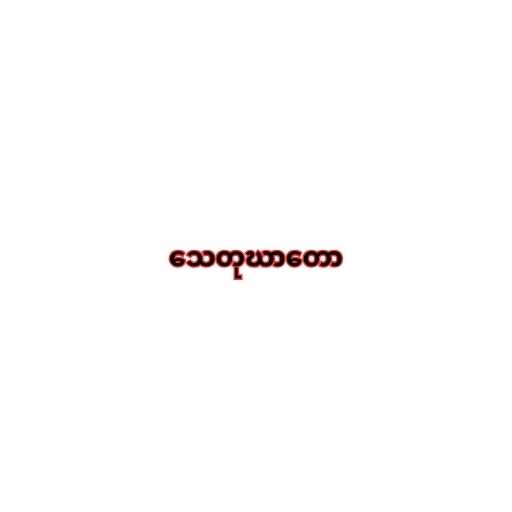
သေတုဃာတော